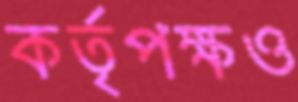
কর্তৃপক্ষও